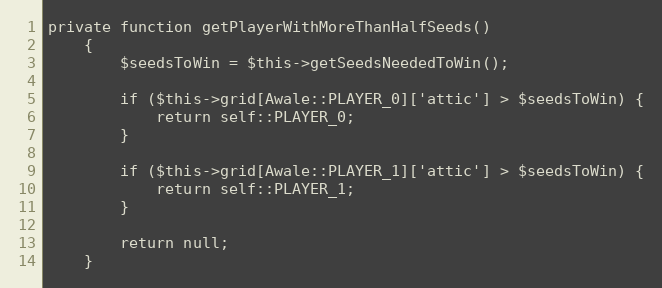
Language: PHP
private function getPlayerWithMoreThanHalfSeeds()
    {
        $seedsToWin = $this->getSeedsNeededToWin();

        if ($this->grid[Awale::PLAYER_0]['attic'] > $seedsToWin) {
            return self::PLAYER_0;
        }

        if ($this->grid[Awale::PLAYER_1]['attic'] > $seedsToWin) {
            return self::PLAYER_1;
        }

        return null;
    }